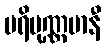
ပရိပုဏ္ဏမာနီ